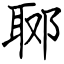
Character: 郰